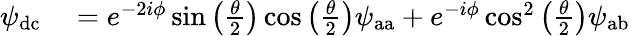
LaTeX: \begin{array}{rl}{\psi_{\mathrm{dc}}}&{{}=e^{-2i\phi}\sin\left(\frac{\theta}{2}\right)\cos\left(\frac{\theta}{2}\right)\psi_{\mathrm{aa}}+e^{-i\phi}\cos^{2}\left(\frac{\theta}{2}\right)\psi_{\mathrm{ab}}}\end{array}